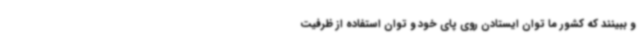
و ببینند که کشور ما توان ایستادن روی پای خود و توان استفاده از ظرفیت